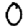
Digit: 0